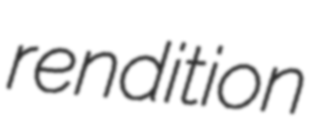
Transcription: rendition